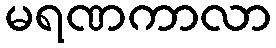
မရဏကာလာ